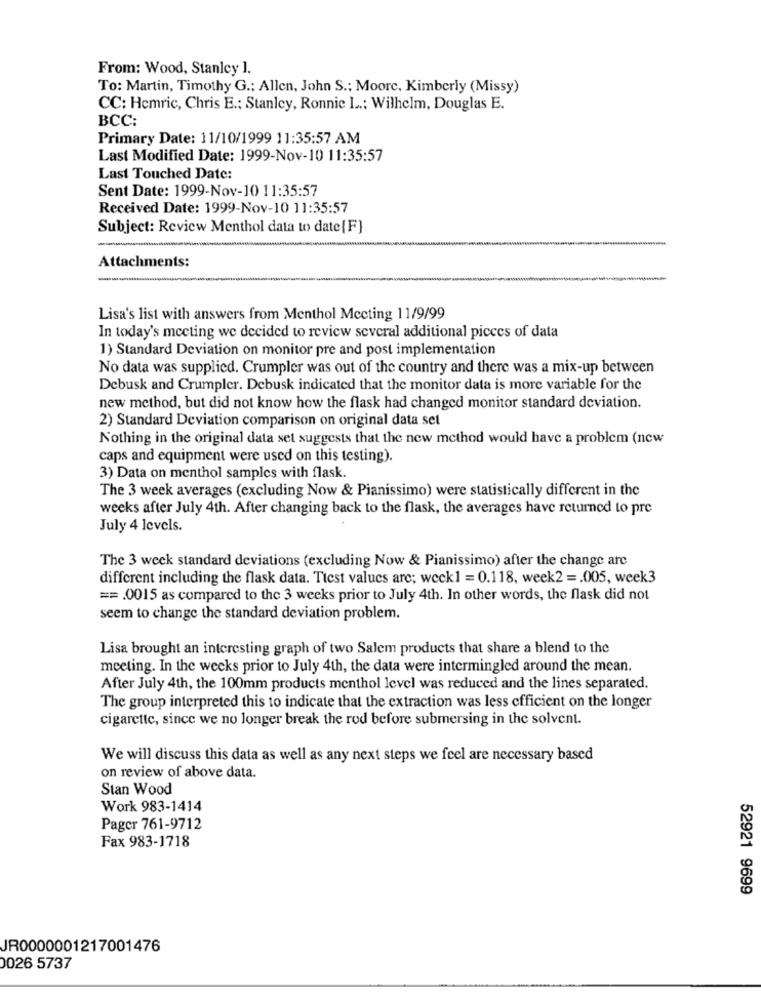
From: Wood, Stanley ].
To: Martin, Timothy G .; Allen, John S .; Moore, Kimberly (Missy)
CC: Hemric, Chris E .; Stanley, Ronnie L .: Wilhelm, Douglas E.
BCC:
Primary Date: 11/10/1999 11:35:57 AM
Last Modified Date: 1999-Nov-10 11:35:57
Last Touched Date:
Sent Date: 1999-Nov-10 11:35:57
Received Date: 1999-Nov-10 11:35:57
Subject: Review Menthol data to date{F}
Attachments:
Lisa's list with answers from Menthol Mecting 11/9/99
In today's meeting we decided to review several additional pieces of data
1) Standard Deviation on monitor pre and post implementation
No data was supplied. Crumpler was out of the country and there was a mix-up between
Debusk and Crumpler. Debusk indicated that the monitor data is more variable for the
new method, but did not know how the flask had changed monitor standard deviation.
2) Standard Deviation comparison on original data set
Nothing in the original data set suggests that the new method would have a problem (new
caps and equipment were used on this testing).
3) Data on menthol samples with flask.
The 3 week averages (excluding Now & Pianissimo) were statistically different in the
weeks after July 4th. After changing back to the flask, the averages have returned to pre
July 4 levels.
The 3 week standard deviations (excluding Now & Pianissimo) after the change arc
different including the flask data. Ttcst values are; weck1 = 0.118, week2 =. 005, week3
==. 0015 as compared to the 3 weeks prior to July 4th. In other words, the flask did not
seem to change the standard deviation problem.
Lisa brought an interesting graph of two Salem products that share a blend to the
meeting. In the weeks prior to July 4th, the data were intermingled around the mean.
After July 4th, the 100mm products menthol level was reduced and the lines separated.
The group interpreted this to indicate that the extraction was less efficient on the longer
cigarette, since we no longer break the rod before submersing in the solvent.
We will discuss this data as well as any next steps we feel are necessary based
on review of above data.
Stan Wood
Work 983-1414
Pager 761-9712
Fax 983-1718
52921 9699
JR0000001217001476
0026 5737